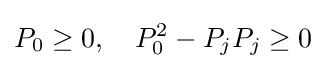
P_{0}\geq 0,\quad P_{0}^{2}-P_{j}P_{j}\geq 0